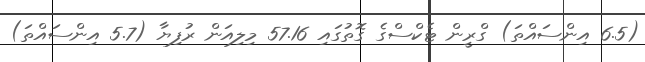
(6.5 އިންސައްތަ) ގްރީން ޓެކްސްގެ ގޮތުގައި 57.16 މިލިއަން ރުފިޔާ (5.7 އިންސައްތަ)